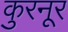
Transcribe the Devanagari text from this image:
कुरनूर